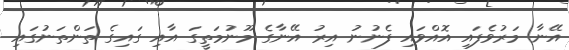
އޭނާ މަރުވެފައި އޮއްވައި ފެނުނު އިރު އޭނާގެ މޫނުމަތީގަ އާއި ގައިގެ ތަންތަނުގައި